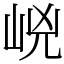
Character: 㟅